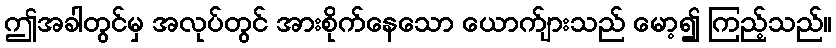
ဤအခါတွင်မှ အလုပ်တွင် အားစိုက်နေသော ယောက်ျားသည် မော့၍ ကြည့်သည်။